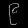
Digit: ၉